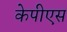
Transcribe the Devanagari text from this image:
केपीएस